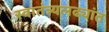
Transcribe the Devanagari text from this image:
स्वातंत्र्यलढ्यांत